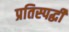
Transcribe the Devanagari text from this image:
प्रतिस्‍पर्द्धी